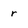
Character: r